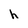
Character: h